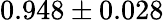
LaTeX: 0.948\pm 0.028